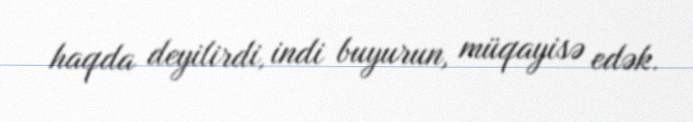
haqda deyilirdi, indi buyurun, müqayisə edək.